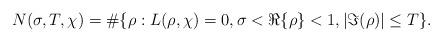
LaTeX: \begin{align*}N(\sigma, T, \chi) = \# \{ \rho : L(\rho,\chi) = 0, \sigma < \Re\{\rho\} < 1, |\Im(\rho)| \leq T \}.\end{align*}